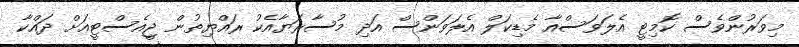
މިވަރުންވެސް ކޮމިޓީ އެލަވަސްއާ މެޑިކަލް އެލަވަންސް އަދި މުސާރަޔާއެކު ރައްޔިތުން ޖީއެސްޓީއަށް ދައްކާ